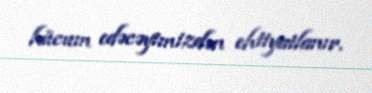
hücum edəcəyimizdən ehtiyatlanır.